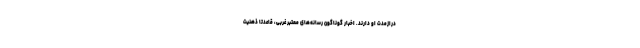
درازمدت او دارند. اخبار گوناگون رسانه‌های معتبر غربی، قاعدتا ذهنیت